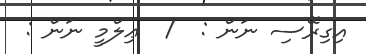
އިގިރޭސި ނަން :  /  ޢިލްމީ ނަން :